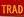
trad